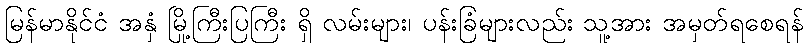
မြန်မာနိုင်ငံ အနှံ မြို့ကြီးပြကြီး ရှိ လမ်းများ၊ ပန်းခြံများလည်း သူ့အား အမှတ်ရစေရန်